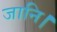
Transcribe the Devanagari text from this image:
जानि।